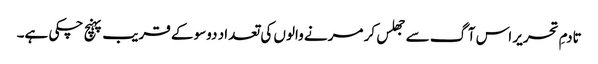
تادمِ تحریر اس آگ سے جھلس کر مرنے والوں کی تعداد دوسو کے قریب پہنچ چکی ہے۔